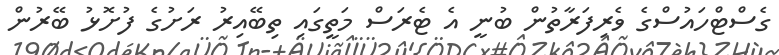
ގެސްޓްހައުސްގެ ވެރިފަރާތުން ބުނީ އެ ޓެރަސް މަތީގައި ތިބޭއިރު ރަށުގެ ފުށޮޅު ބޭރުން